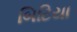
બિટિયા